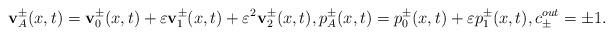
LaTeX: \begin{align*}\mathbf{v}_A^{\pm}(x,t)=\mathbf{v}_0^{\pm}(x,t)+\varepsilon \mathbf{v}_1^{\pm}(x,t)+\varepsilon^2 \mathbf{v}_2^{\pm}(x,t),p_A^{\pm}(x,t)=p_0^{\pm}(x,t)+\varepsilon p_1^{\pm}(x,t),c_{\pm}^{out}=\pm 1.\end{align*}